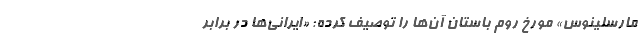
مارسِلینوس» مورخ روم باستان آن‌ها را توصیف کرده: «ایرانی‌ها در برابر